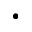
\cdot